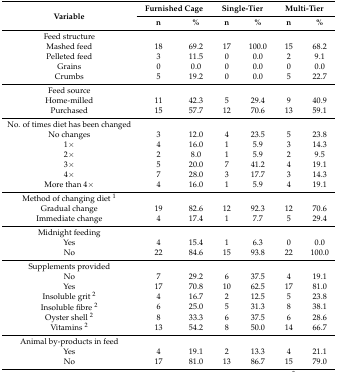
<table><thead><tr><td rowspan="2"><b>Variable</b></td><td colspan="2"><b>Furnished Cage</b></td><td colspan="2"><b>Single-Tier</b></td><td colspan="2"><b>Multi-Tier</b></td></tr><tr><td><b>n</b></td><td><b>%</b></td><td><b>n</b></td><td><b>%</b></td><td><b>n</b></td><td><b>%</b></td></tr></thead><tbody><tr><td>Feed structure</td><td>[EMPTY_CELL]</td><td>[EMPTY_CELL]</td><td>[EMPTY_CELL]</td><td>[EMPTY_CELL]</td><td>[EMPTY_CELL]</td><td>[EMPTY_CELL]</td></tr><tr><td>Mashed feed</td><td>18</td><td>69.2</td><td>17</td><td>100.0</td><td>15</td><td>68.2</td></tr><tr><td>Pelleted feed</td><td>3</td><td>11.5</td><td>0</td><td>0.0</td><td>2</td><td>9.1</td></tr><tr><td>Grains</td><td>0</td><td>0.0</td><td>0</td><td>0.0</td><td>0</td><td>0.0</td></tr><tr><td>Crumbs</td><td>5</td><td>19.2</td><td>0</td><td>0.0</td><td>5</td><td>22.7</td></tr><tr><td>Feed source</td><td>[EMPTY_CELL]</td><td>[EMPTY_CELL]</td><td>[EMPTY_CELL]</td><td>[EMPTY_CELL]</td><td>[EMPTY_CELL]</td><td>[EMPTY_CELL]</td></tr><tr><td>Home-milled</td><td>11</td><td>42.3</td><td>5</td><td>29.4</td><td>9</td><td>40.9</td></tr><tr><td>Purchased</td><td>15</td><td>57.7</td><td>12</td><td>70.6</td><td>13</td><td>59.1</td></tr><tr><td>No. of times diet has been changed</td><td>[EMPTY_CELL]</td><td>[EMPTY_CELL]</td><td>[EMPTY_CELL]</td><td>[EMPTY_CELL]</td><td>[EMPTY_CELL]</td><td>[EMPTY_CELL]</td></tr><tr><td>No changes</td><td>3</td><td>12.0</td><td>4</td><td>23.5</td><td>5</td><td>23.8</td></tr><tr><td>1×</td><td>4</td><td>16.0</td><td>1</td><td>5.9</td><td>3</td><td>14.3</td></tr><tr><td>2×</td><td>2</td><td>8.0</td><td>1</td><td>5.9</td><td>2</td><td>9.5</td></tr><tr><td>3×</td><td>5</td><td>20.0</td><td>7</td><td>41.2</td><td>4</td><td>19.1</td></tr><tr><td>4×</td><td>7</td><td>28.0</td><td>3</td><td>17.7</td><td>3</td><td>14.3</td></tr><tr><td>More than 4×</td><td>4</td><td>16.0</td><td>1</td><td>5.9</td><td>4</td><td>19.1</td></tr><tr><td>Method of changing diet <sup>1</sup></td><td>[EMPTY_CELL]</td><td>[EMPTY_CELL]</td><td>[EMPTY_CELL]</td><td>[EMPTY_CELL]</td><td>[EMPTY_CELL]</td><td>[EMPTY_CELL]</td></tr><tr><td>Gradual change</td><td>19</td><td>82.6</td><td>12</td><td>92.3</td><td>12</td><td>70.6</td></tr><tr><td>Immediate change</td><td>4</td><td>17.4</td><td>1</td><td>7.7</td><td>5</td><td>29.4</td></tr><tr><td>Midnight feeding</td><td>[EMPTY_CELL]</td><td>[EMPTY_CELL]</td><td>[EMPTY_CELL]</td><td>[EMPTY_CELL]</td><td>[EMPTY_CELL]</td><td>[EMPTY_CELL]</td></tr><tr><td>Yes</td><td>4</td><td>15.4</td><td>1</td><td>6.3</td><td>0</td><td>0.0</td></tr><tr><td>No</td><td>22</td><td>84.6</td><td>15</td><td>93.8</td><td>22</td><td>100.0</td></tr><tr><td>Supplements provided</td><td>[EMPTY_CELL]</td><td>[EMPTY_CELL]</td><td>[EMPTY_CELL]</td><td>[EMPTY_CELL]</td><td>[EMPTY_CELL]</td><td>[EMPTY_CELL]</td></tr><tr><td>No</td><td>7</td><td>29.2</td><td>6</td><td>37.5</td><td>4</td><td>19.1</td></tr><tr><td>Yes</td><td>17</td><td>70.8</td><td>10</td><td>62.5</td><td>17</td><td>81.0</td></tr><tr><td>Insoluble grit <sup>2</sup></td><td>4</td><td>16.7</td><td>2</td><td>12.5</td><td>5</td><td>23.8</td></tr><tr><td>Insoluble fibre <sup>2</sup></td><td>6</td><td>25.0</td><td>5</td><td>31.3</td><td>8</td><td>38.1</td></tr><tr><td>Oyster shell <sup>2</sup></td><td>8</td><td>33.3</td><td>6</td><td>37.5</td><td>6</td><td>28.6</td></tr><tr><td>Vitamins <sup>2</sup></td><td>13</td><td>54.2</td><td>8</td><td>50.0</td><td>14</td><td>66.7</td></tr><tr><td>Animal by-products in feed</td><td>[EMPTY_CELL]</td><td>[EMPTY_CELL]</td><td>[EMPTY_CELL]</td><td>[EMPTY_CELL]</td><td>[EMPTY_CELL]</td><td>[EMPTY_CELL]</td></tr><tr><td>Yes</td><td>4</td><td>19.1</td><td>2</td><td>13.3</td><td>4</td><td>21.1</td></tr><tr><td>No</td><td>17</td><td>81.0</td><td>13</td><td>86.7</td><td>15</td><td>79.0</td></tr></tbody></table>